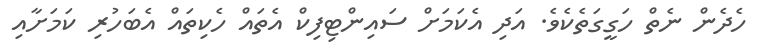
ހެދެން ނެތް ހަގީގަތެކެވެ. އަދި އެކަމަށް ސައިންޓިފިކް އެތައް ހެކިތައް އެބަހުރި ކަމަށާއި